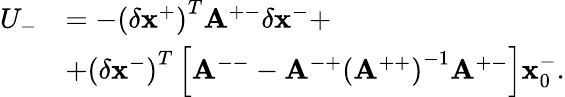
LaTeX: \begin{array}{rl}{U_{-}}&{=-\left(\delta\mathbf{x}^{+}\right)^{T}\mathbf{A}^{+-}\delta\mathbf{x}^{-}+}\\ &{+\left(\delta\mathbf{x}^{-}\right)^{T}\left[\mathbf{A}^{--}-\mathbf{A}^{-+}\left(\mathbf{A}^{++}\right)^{-1}\mathbf{A}^{+-}\right]\mathbf{x}_{0}^{-}.}\end{array}